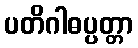
ပတိဂါဓပ္ပတ္တာ